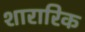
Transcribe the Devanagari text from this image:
शारारिक